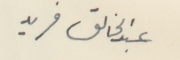
عبد الخالق فريد